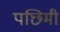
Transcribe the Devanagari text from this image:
पछिमी